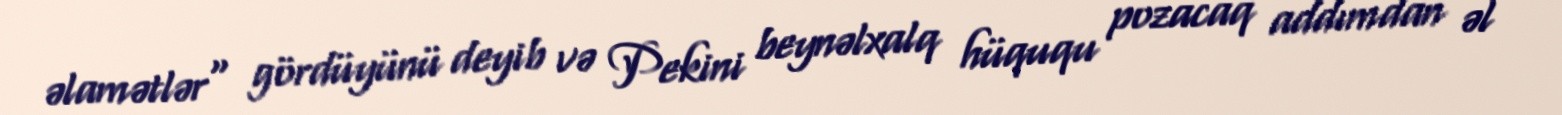
əlamətlər" gördüyünü deyib və Pekini beynəlxalq hüququ pozacaq addımdan əl